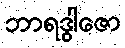
ဘာရဒွါဇော